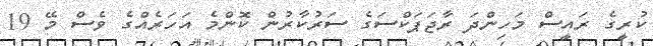
ކުރީގެ ރައީސް މަހިންދަ ރާޖަޕަކްސަގެ ސަރުކާރުން ކޮންމެ އަހަރެއްގެ ވެސް މޭ 19